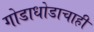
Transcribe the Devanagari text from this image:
गोडाधोडाचाही